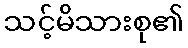
သင့်မိသားစု၏